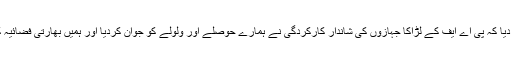
بریگیڈیئر امجد چودھری نے میدانِ جنگ سے پیغام دیا کہ پی اے ایف کے لڑاکا جہازوں کی شاندار کارکردگی نے ہمارے حوصلے اور ولولے کو جوان کردیا اور ہمیں بھارتی فضائیہ کے حملوں کے بارے میں کوئی پریشانی نہیں رہی۔